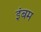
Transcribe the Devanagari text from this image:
इंबम